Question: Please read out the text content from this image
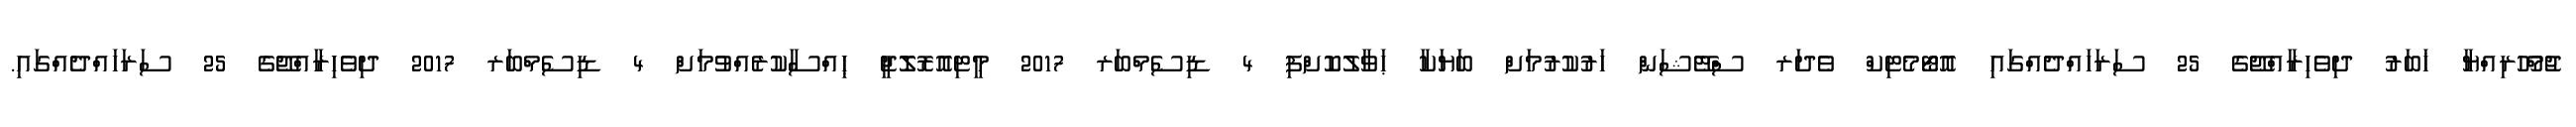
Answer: ޖުމްހޫރިއްޔާ ޚަބަރު ދިވެހިރާއްޖޭގެ 25 ސަރަހައްދެއްގައި އޮޓޯމެޓިކް ވެދަރ ސްޓޭޝަން ހަރުކުރުމަށް ބަޔަކާ ޙަވާލުކޮށްފި 4 ޑިސެމްބަރ 2017 މީޓިއޮރޮލޮޖީ ޙިއްސާކުރެއްވުމަށް 4 ޑިސެމްބަރ 2017 ދިވެހިރާއްޖޭގެ 25 ސަރަހައްދެއްގައި.